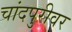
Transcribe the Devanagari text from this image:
चांदपुरीवर